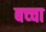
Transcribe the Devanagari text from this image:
बच्‍चा